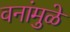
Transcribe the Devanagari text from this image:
वनांमुळे